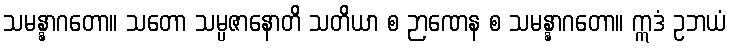
သမန္နာဂတော။ သတော သမ္ပဇာနောတိ သတိယာ စ ဉာဏေန စ သမန္နာဂတော။ ဣဒံ ဥဘယံ